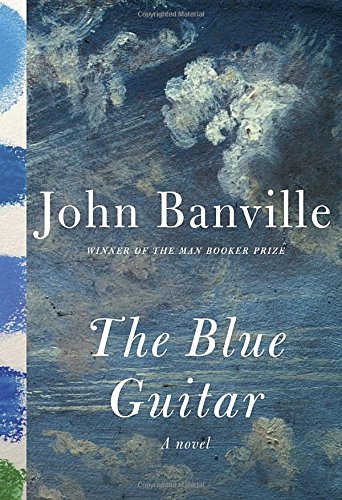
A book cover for The Blue Guitar: A novel; John Banville; Mystery, Thriller & Suspense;